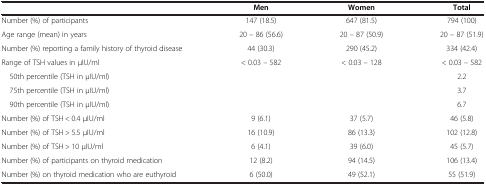
|  | Men | Women | Total |
 | --- | --- | --- | --- |
 | Number (%) of participants | 147 (18.5) | 647 (81.5) | 794 (100) |
 | Age range (mean) in years | 20 – 86 (56.6) | 20 – 87 (50.9) | 20 – 87 (51.9) |
 | Number (%) reporting a family history of thyroid disease | 44 (30.3) | 290 (45.2) | 334 (42.4) |
 | Range of TSH values in μIU/ml | < 0.03 – 582 | < 0.03 – 128 | < 0.03 – 582 |
 | 50th percentile (TSH in μIU/ml) |  |  | 2.2 |
 | 75th percentile (TSH in μIU/ml) |  |  | 3.7 |
 | 90th percentile (TSH in μIU/ml) |  |  | 6.7 |
 | Number (%) of TSH < 0.4 μIU/ml | 9 (6.1) | 37 (5.7) | 46 (5.8) |
 | Number (%) of TSH > 5.5 μIU/ml | 16 (10.9) | 86 (13.3) | 102 (12.8) |
 | Number (%) of TSH > 10 μIU/ml | 6 (4.1) | 39 (6.0) | 45 (5.7) |
 | Number (%) of participants on thyroid medication | 12 (8.2) | 94 (14.5) | 106 (13.4) |
 | Number (%) on thyroid medication who are euthyroid | 6 (50.0) | 49 (52.1) | 55 (51.9) |